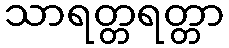
သာရတ္တရတ္တာ